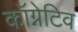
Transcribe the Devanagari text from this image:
कॉग्नेटिव